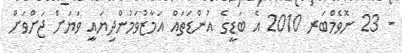
- 23 ނޮވެމްބަރ 2010 އެ ބަޑީގެ އުންޑަތައް އަމާޒުވަމުންދިޔައީ ވަޔަށް ޖަށްވަށް